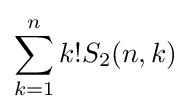
\sum _{k=1}^{n}k!S_{2}(n,k)